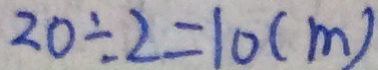
2 0 \div 2 = 1 0 ( m )